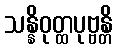
သန္နိဝုတ္ထပုဗ္ဗန္တိ